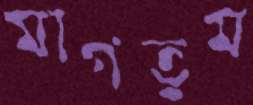
মাগতুম